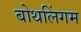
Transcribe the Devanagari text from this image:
बोथलिंगम